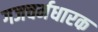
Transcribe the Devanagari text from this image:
गजचर्मधारक